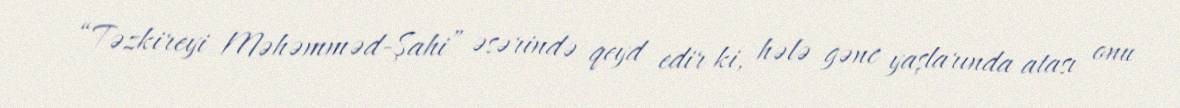
“Təzkireyi Məhəmməd-Şahi” əsərində qeyd edir ki, hələ gənc yaşlarında atası onu